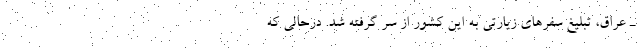
ـ عراق، تبلیغ سفرهای زیارتی به این کشور از سر گرفته شد. درحالی که